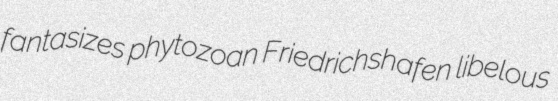
fantasizes phytozoan Friedrichshafen libelous